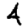
Digit: 4